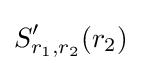
S_{r_{1},r_{2}}'(r_{2})